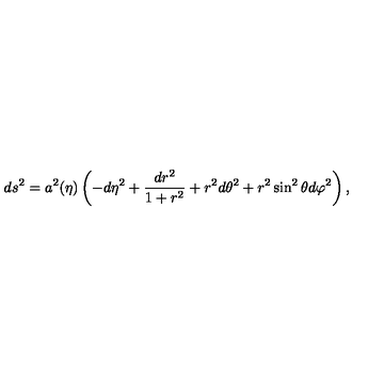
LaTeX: d s ^ { 2 } = a ^ { 2 } ( \eta ) \left( - d \eta ^ { 2 } + \frac { d r ^ { 2 } } { 1 + r ^ { 2 } } + r ^ { 2 } d \theta ^ { 2 } + r ^ { 2 } \sin ^ { 2 } \theta d \varphi ^ { 2 } \right) ,